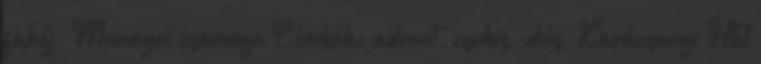
fahéj. Mennyei csemege Címkék: advent, csokis, diós, Karácsonyi Hát